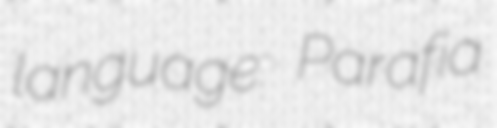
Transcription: language: Parafia